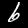
Digit: 6